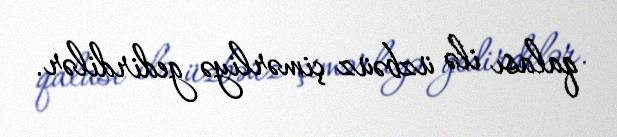
qalası ilə üzbəüz çimərliyə gedirdilər.